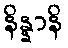
နိန္နာနိ